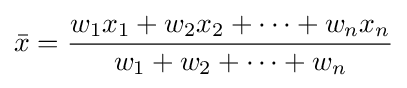
{\bar {x}}={\frac {w_{1}x_{1}+w_{2}x_{2}+\cdots +w_{n}x_{n}}{w_{1}+w_{2}+\cdots +w_{n}}}